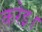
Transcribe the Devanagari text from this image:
करेइ।